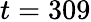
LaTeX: t=309